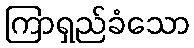
ကြာရှည်ခံသော